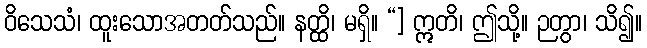
ဝိသေသံ၊ ထူးသောအတတ်သည်။ နတ္ထိ၊ မရှိ။ “] ဣတိ၊ ဤသို့။ ဉတွာ၊ သိ၍။